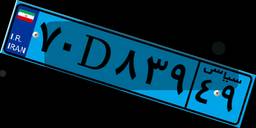
۷۰D۸۳۹۴۹